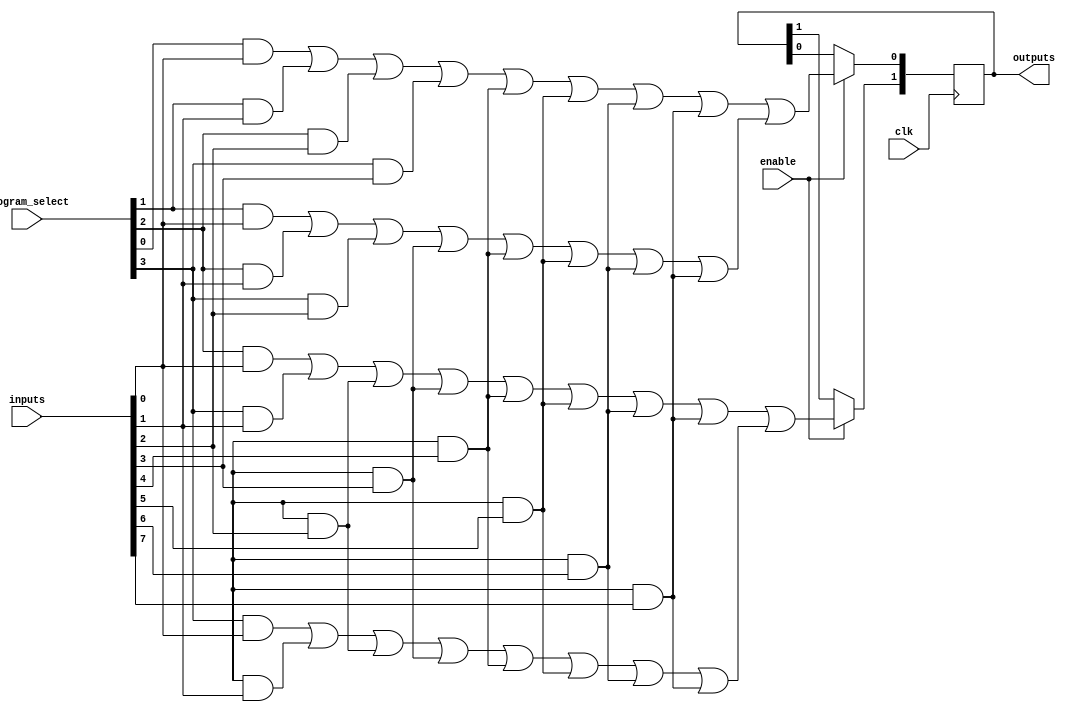
module FusedPAL (
    input wire [N-1:0] inputs,         // Input lines (N variables)
    input wire [M-1:0] program_select, // Programming interface for AND gates
    input wire clk,                     // Clock signal
    input wire enable,                  // Enable signal for logic evaluation
    output reg [P-1:0] outputs         // Output lines (P results)
);
    parameter N = 8;                   // Number of input lines
    parameter M = 4;                   // Number of AND gates
    parameter P = 2;                   // Number of OR gates

    // Internal signals for the AND outputs
    wire [M-1:0] and_outputs;          // Outputs from AND gates

    // Programmable AND gates
    genvar i;
    generate
        for (i = 0; i < M; i = i + 1) begin : and_gate
            // Each AND gate can be programmed to connect any combination of inputs
            assign and_outputs[i] = (program_select[i] & inputs[0]) |
                                     (program_select[i+1] & inputs[1]) |
                                     (program_select[i+2] & inputs[2]) |
                                     (program_select[i+3] & inputs[3]) |
                                     (program_select[i+4] & inputs[4]) |
                                     (program_select[i+5] & inputs[5]) |
                                     (program_select[i+6] & inputs[6]) |
                                     (program_select[i+7] & inputs[7]);
        end
    endgenerate

    // Fixed OR gates
    always @(posedge clk) begin
        if (enable) begin
            // Example fixed connections for OR gates
            outputs[0] <= and_outputs[0] | and_outputs[1]; // OR gate 1
            outputs[1] <= and_outputs[2] | and_outputs[3]; // OR gate 2
        end
    end

endmodule